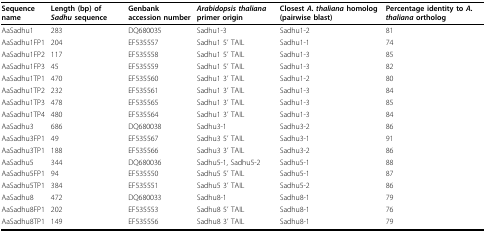
| Sequence name | Length (bp) of Sadhu sequence | Genbank accession number | Arabidopsis thaliana primer origin | Closest A. thaliana homolog (pairwise blast) | Percentage identity to A. thaliana ortholog |
 | --- | --- | --- | --- | --- | --- |
 | AaSadhu1 | 283 | DQ680035 | Sadhu1-3 | Sadhu1-2 | 81 |
 | AaSadhu1FP1 | 204 | EF535557 | Sadhu1 5' TAIL | Sadhu1-1 | 74 |
 | AaSadhu1FP2 | 117 | EF535558 | Sadhu1 5' TAIL | Sadhu1-3 | 85 |
 | AaSadhu1FP3 | 45 | EF535559 | Sadhu1 5' TAIL | Sadhu1-3 | 82 |
 | AaSadhu1TP1 | 470 | EF535560 | Sadhu1 3' TAIL | Sadhu1-2 | 80 |
 | AaSadhu1TP2 | 232 | EF535561 | Sadhu1 3' TAIL | Sadhu1-3 | 84 |
 | AaSadhu1TP3 | 478 | EF535565 | Sadhu1 3' TAIL | Sadhu1-3 | 85 |
 | AaSadhu1TP4 | 480 | EF535564 | Sadhu1 3' TAIL | Sadhu1-3 | 84 |
 | AaSadhu3 | 686 | DQ680038 | Sadhu3-1 | Sadhu3-2 | 86 |
 | AaSadhu3FP1 | 49 | EF535567 | Sadhu3 5' TAIL | Sadhu3-1 | 91 |
 | AaSadhu3TP1 | 188 | EF535566 | Sadhu3 3' TAIL | Sadhu3-2 | 86 |
 | AaSadhu5 | 344 | DQ680036 | Sadhu5-1, Sadhu5-2 | Sadhu5-1 | 88 |
 | AaSadhu5FP1 | 94 | EF535550 | Sadhu5 5' TAIL | Sadhu5-1 | 87 |
 | AaSadhu5TP1 | 384 | EF535551 | Sadhu5 3' TAIL | Sadhu5-2 | 86 |
 | AaSadhu8 | 472 | DQ680033 | Sadhu8-1 | Sadhu8-1 | 79 |
 | AaSadhu8FP1 | 202 | EF535553 | Sadhu8 5' TAIL | Sadhu8-1 | 76 |
 | AaSadhu8TP1 | 149 | EF535556 | Sadhu8 3' TAIL | Sadhu8-1 | 79 |